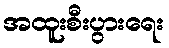
အထူးစီးပွားရေး